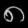
Digit: ၈